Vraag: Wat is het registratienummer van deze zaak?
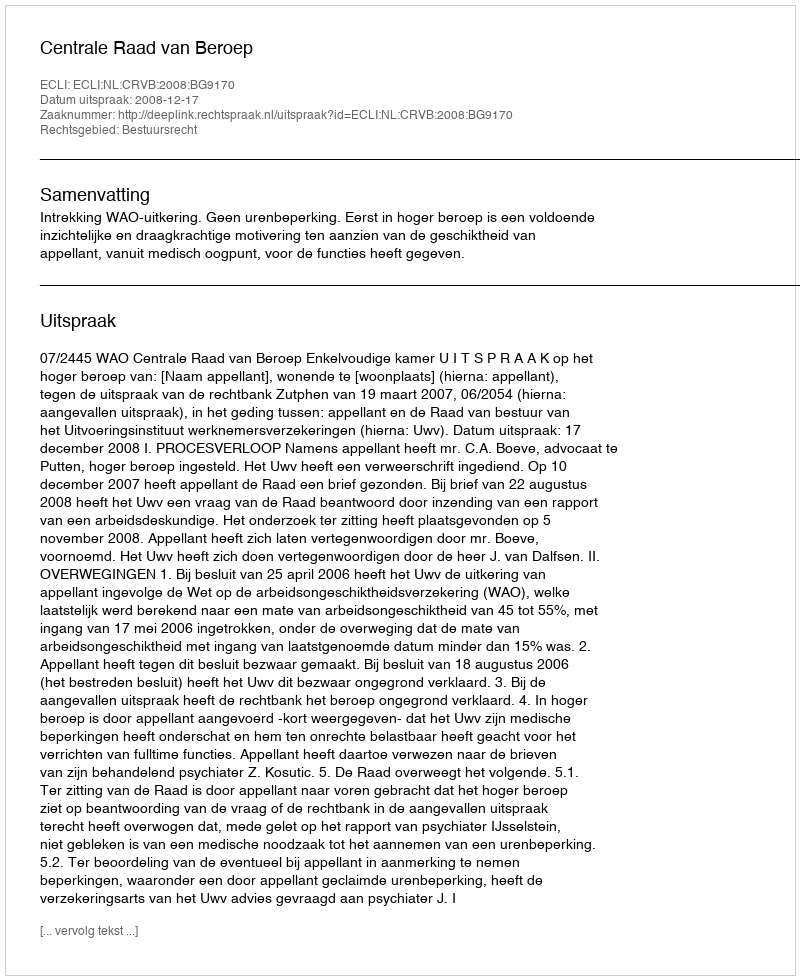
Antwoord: http://deeplink.rechtspraak.nl/uitspraak?id=ECLI:NL:CRVB:2008:BG9170